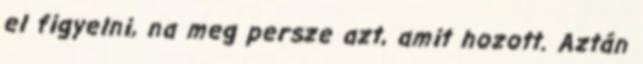
el figyelni, na meg persze azt, amit hozott. Aztán